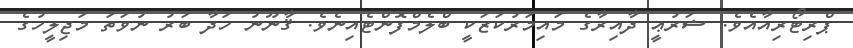
ޕްރިޓޯރިއާއެވެ. ޝަރުޢީ ދާއިރާގެ މައިމަރުކަޒަކީ ބްލެމްފޮންޓެއިނެވެ. ޤާނޫނު ހަދާ ބަރު ނުވަތަ މަޖިލީހުގެ